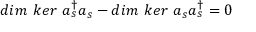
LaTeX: d i m \ k e r \ a _ { s } ^ { \dagger } a _ { s } - d i m \ k e r \ a _ { s } a _ { s } ^ { \dagger } = 0